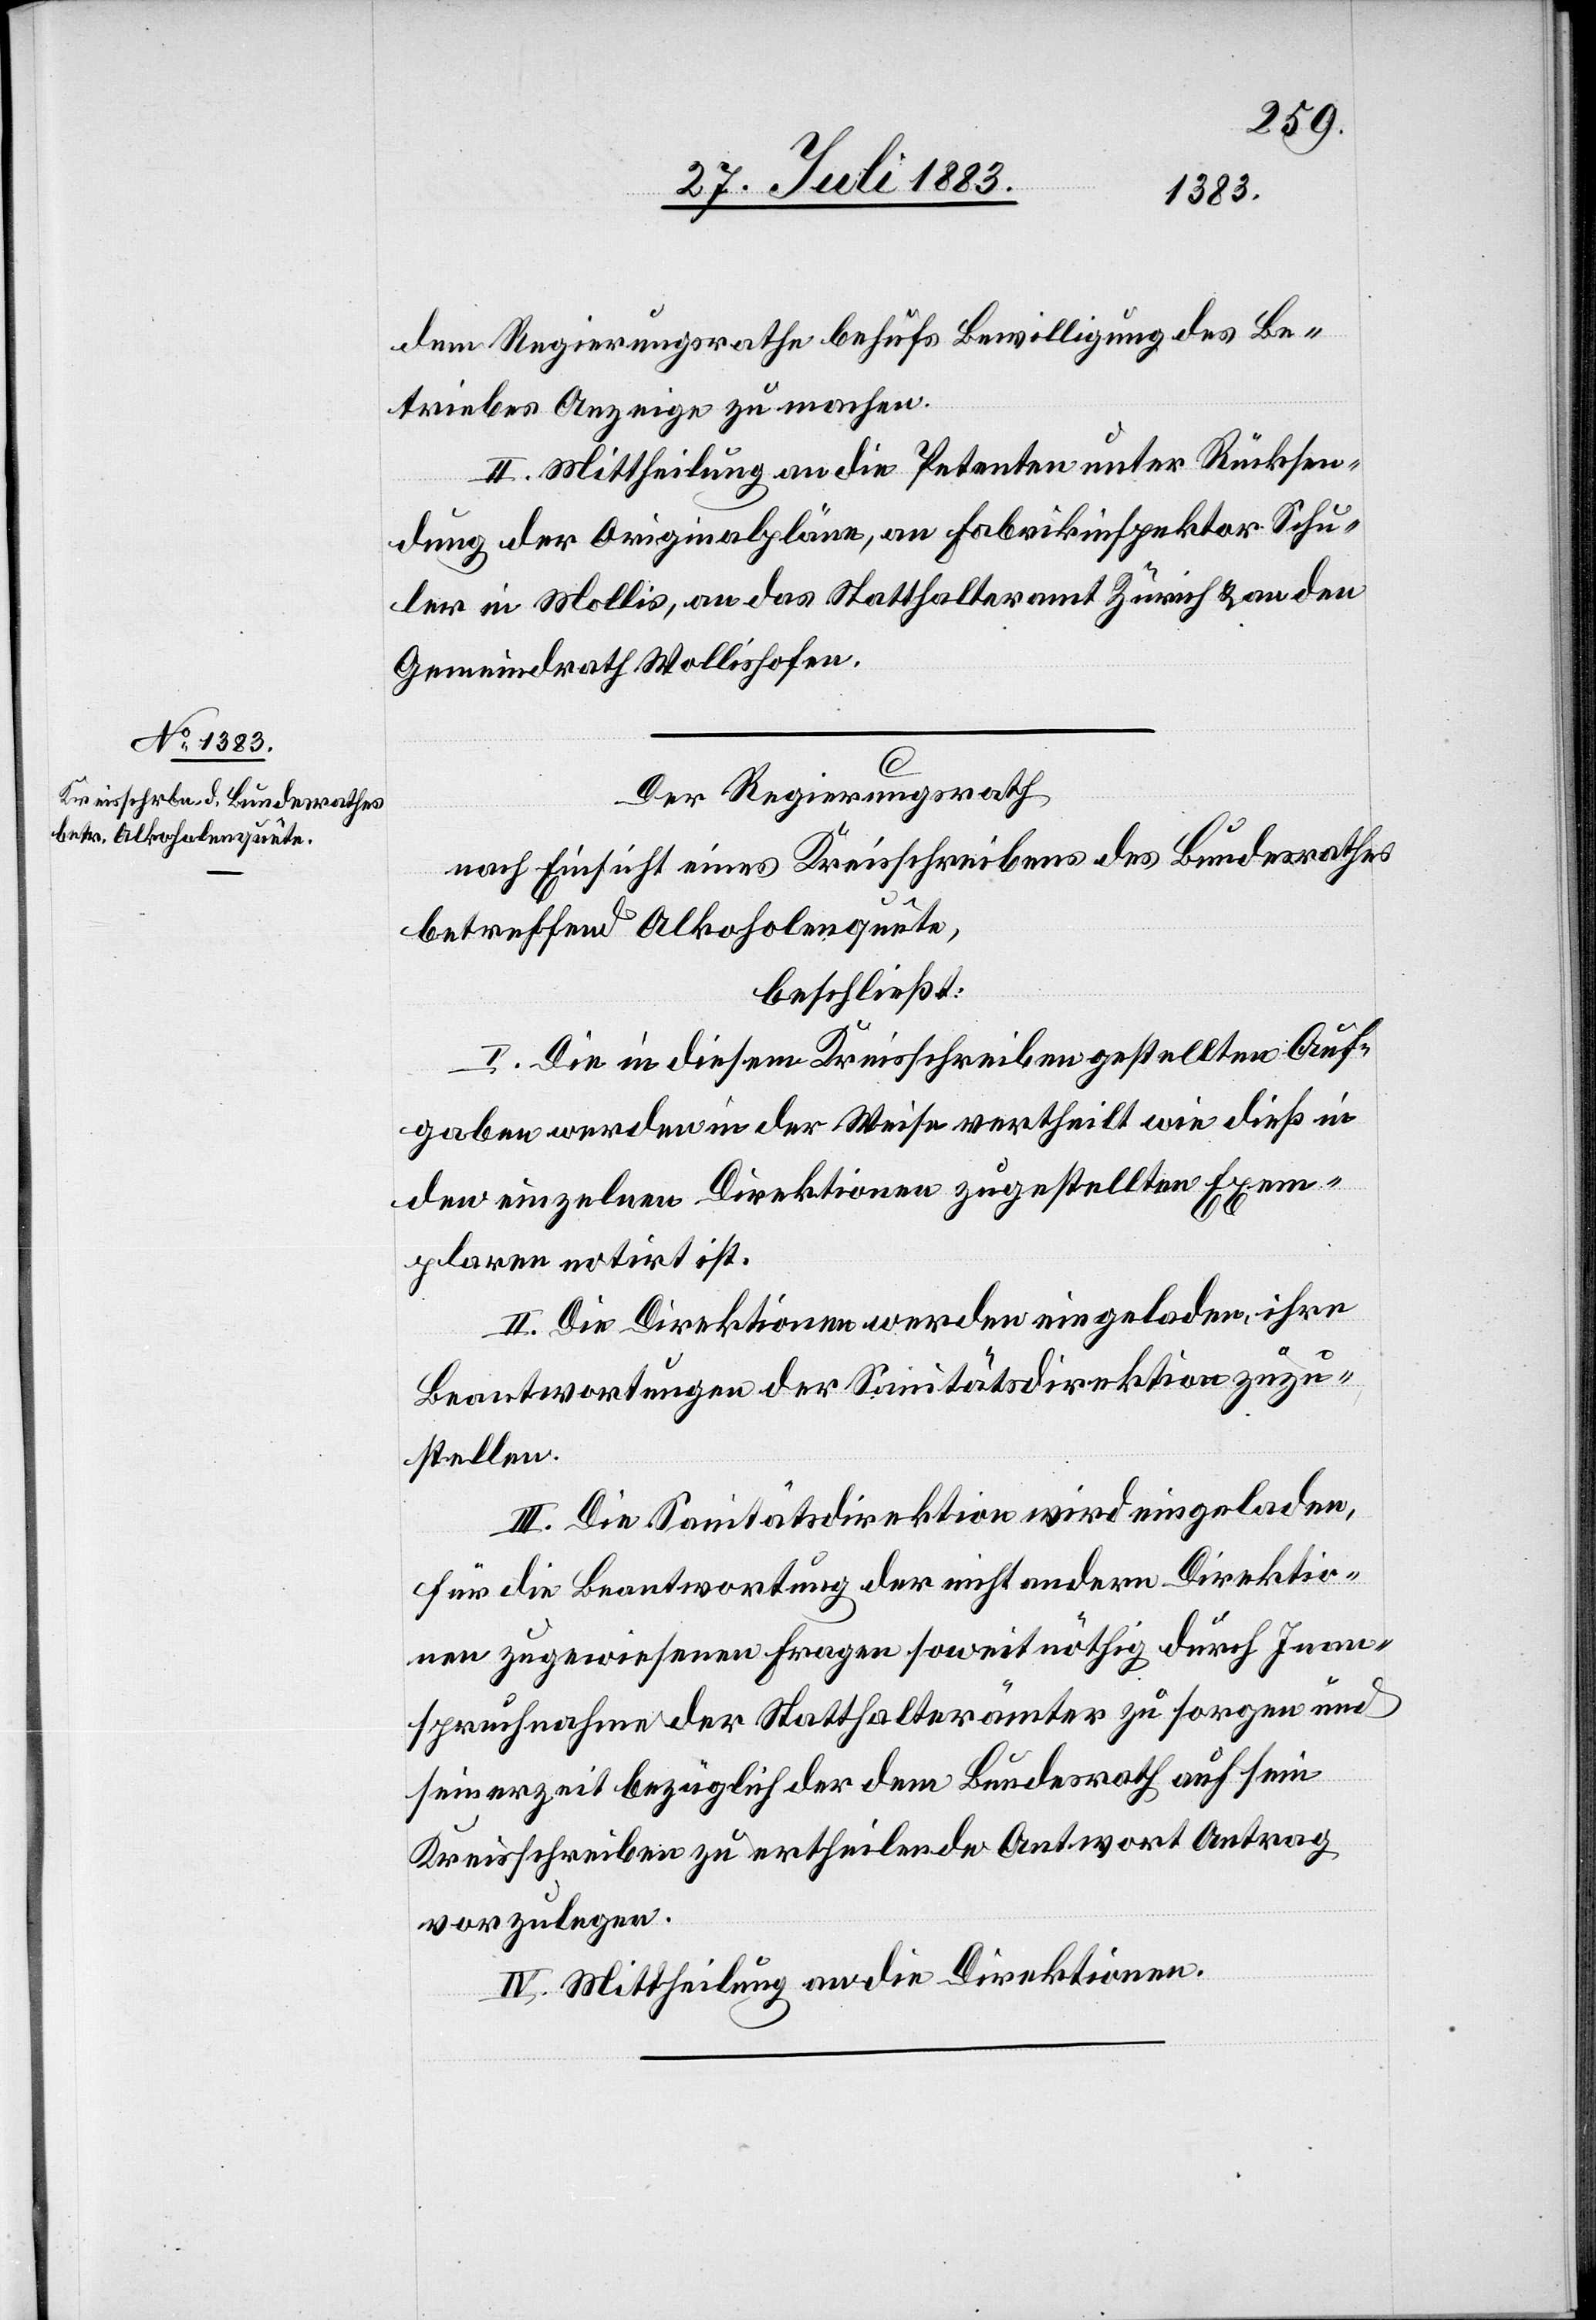
dem Regierungsrathe behufs Bewilligung des Be¬
triebes Anzeige zu machen.
II. Mittheilung an die Petenten unter Rücksen¬
dung der Originalpläne, an Fabrikinspektor Schu¬
ler in Mollis, an das Statthalteramt Zürich & an den
Gemeindrath Wollishofen.
Der Regierungsrath
nach Einsicht eines Kreisschreibens des Bundesrathes
betreffend Alkoholenquête,
beschließt:
I. Die in diesem Kreisschreiben gestellten Auf¬
gaben werden in der Weise vertheilt wie dieß in
[den] einzelnen Direktionen zugestellten Exem¬
plaren notirt ist.
II. Die Direktionen werden eingeladen, ihre
Beantwortungen der Sanitätsdirektion zuzu¬
stellen.
III. Die Sanitätsdirektion wird eingeladen,
für die Beantwortung der nicht andern Direktio¬
nen zugewiesenen Fragen soweit nöthig durch Inan¬
spruchnahme der Statthalterämter zu sorgen und
seinerseits bezüglich der dem Bundesrath auf sein
Kreisschreiben zu ertheilende Antwort Antrag
vorzulegen.
IV. Mittheilung an die Direktionen.